Indian journal of veterinary science and animal husbandry - Volumes 28-29, 1958-1959
Year: 1958
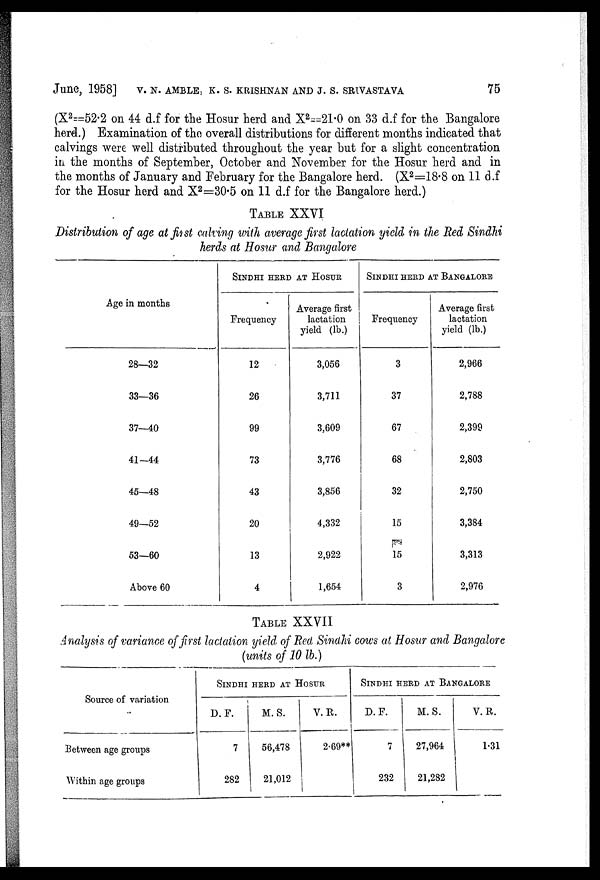
June, 1958] V. N. AMBLE, K. S. KRISHNAN AND J. S. SRIVASTAVA 75
(X 2 =52.2 on 44 d.f for the Hosur herd and X 2 =21.0 on 33 d.f for the Bangalore
herd.) Examination of the overall distributions for different months indicated that
calvings were well distributed throughout the year but for a slight concentration
in the months of September, October and November for the Hosur herd and in
the months of January and February for the Bangalore herd. (X 2 =18.8 on 11 d.f
for the Hosur herd and X 2 =30.5 on 11 d.f for the Bangalore herd.)
TABLE XXVI
Distribution of age at first calving with average first lactation yield in the Red Sindhi
herds at Hosur and Bangalore
Age in months
28—32
33—36
37—40
41—44
45—48
49—52
53—60
Above 60
SINDHI HERD AT HOSUR
Frequency
12
26
99
73
43
20
13
4
Average first
lactation
yield (lb.)
3,056
3,711
3,609
3,776
3,856
4,332
2,922
1,654
SINDHI HERD AT BANGALORE
Frequency
3
37
67
68
32
15
15
3
Average first
lactation
yield (lb.)
2,966
2,788
2,399
2,803
2,750
3,384
3,313
2,976
TABLE XXVII
Analysis of variance of first lactation yield of Red Sindhi cows at Hosur and Bangalore
(units of 10 lb.)
Source of variation
Between age groups
Within age groups
SINDHI HERD AT HOSUR
D.F.
7
282
M.S.
56,478
21,012
V. R.
2.69**
SINDHI HERD AT BANGALORE
D.F.
7
232
M.S.
27,964
21,282
V. R.
1.31